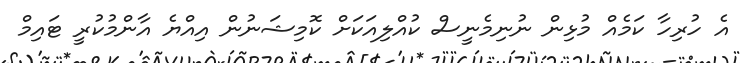
އެ ހުރިހާ ކަމެއް މުޅިން ނުނިމެނީސް ކުއްލިއަކަށް ކޮމިޝަނުން އިއްޔެ އާންމުކުރީ ޓައިމް